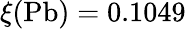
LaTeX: \xi(\mathrm{Pb})=0.1049